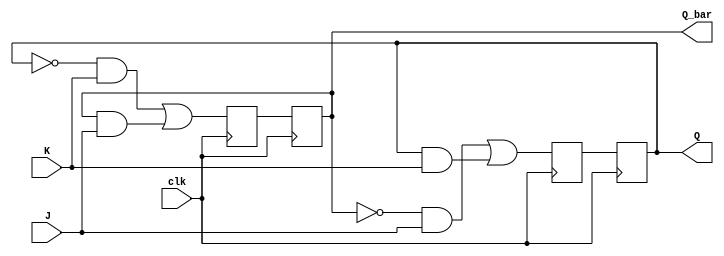
module JK_FF(
    input J, K, clk,
    output reg Q, Q_bar
);

reg master_Q, master_Q_bar, slave_Q, slave_Q_bar;

assign master_Q = (~Q_bar & J) | (Q & K);
assign master_Q_bar = (~Q & K) | (Q_bar & J);

always @(posedge clk) begin
    slave_Q <= master_Q;
    slave_Q_bar <= master_Q_bar;
    Q <= slave_Q;
    Q_bar <= slave_Q_bar;
end

endmodule